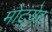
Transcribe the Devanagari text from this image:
मोट्येर